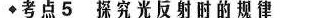
◆考点5探究光反射时的规律